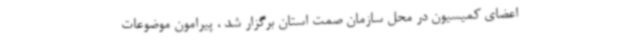
اعضای کمیسیون در محل سازمان صمت استان برگزار شد ، پیرامون موضوعات